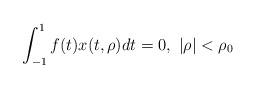
LaTeX: \begin{align*}\int_{-1}^1f(t)x(t,\rho)dt=0, \,\, |\rho|<\rho_0\end{align*}